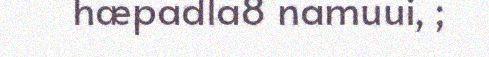
hæpadla8 namuui, ;